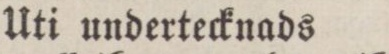
Uti undertecknads